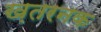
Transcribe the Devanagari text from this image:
ख़तरनक